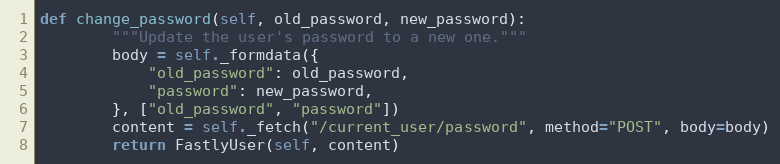
Language: Python
def change_password(self, old_password, new_password):
		"""Update the user's password to a new one."""
		body = self._formdata({
			"old_password": old_password,
			"password": new_password,
		}, ["old_password", "password"])
		content = self._fetch("/current_user/password", method="POST", body=body)
		return FastlyUser(self, content)